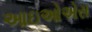
આઇઓએસ